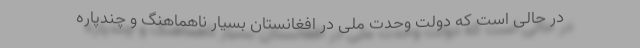
در حالی است که دولت وحدت ملی در افغانستان بسیار ناهماهنگ و چندپاره